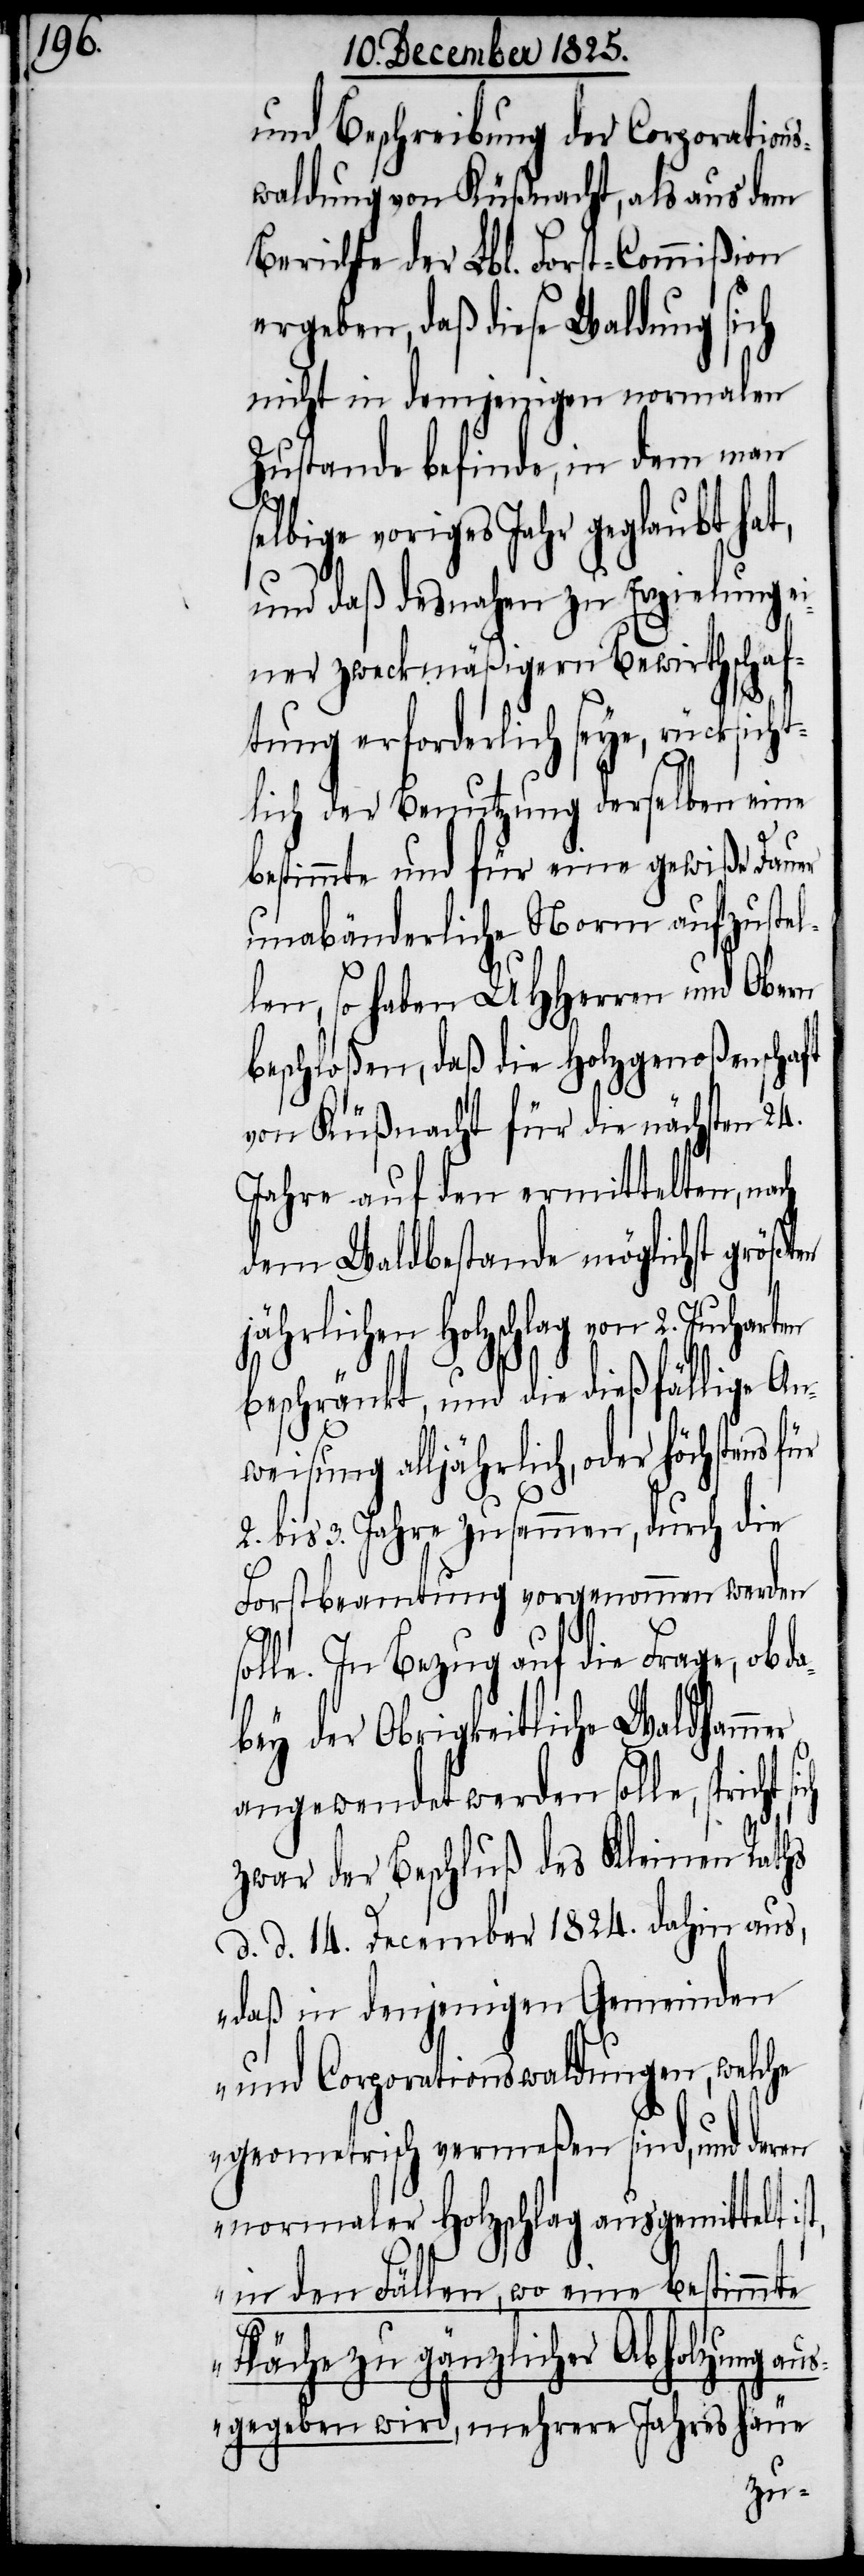
und Beschreibung der Corporations¬
waldung von Küßnacht, als aus dem
Berichte der Lbl. Forst-Commißion
ergeben, daß diese Waldung sich
nicht in demjenigen normalen
Zustande befinde, in dem man
voriges Jahr geglaubt hat,
und daß desnahen zu Erzielung ei¬
ner zweckmäßigern Bewirtschaf¬
tung erforderlich seye, rücksich¬
tlich der Benutzung derselben eine
bestimmte und für eine gewiße Dauer
unabänderliche Norm aufzustel¬
len, so haben UHHerren und Obern
beschloßen, daß die Holzgenoßenschaft
von Küßnacht für die nächsten 24.
Jahre auf den ermittelten, nach
dem Waldbestande möglichst größten
jährlichen Holzschlag von 2.
beschränkt, und die dießfällige An¬
weisung alljährlich, oder höchstens
bis 3. Jahre zusammen, durch die
Forstbeamtung vorgenommen werden
solle. In Bezug auf die Frage, ob da¬
bey der Obrigkeitliche Waldhammer
angewendet werden solle, spricht
zwar der Beschluß des Kleinen Raths
d. d. 14. December 1824. dahin aus,
„daß in denjenigen Gemeinden
und Corporationswaldungen, welche
geometrisch vermeßen sind, und deren
normaler Holzschlag ausgemittelt
in den Fällen, wo eine bestimmte
sich
olzung aus¬
Fläche zu gänzlicher Abh¬
gegeben wird, mehrere Jahreshäue